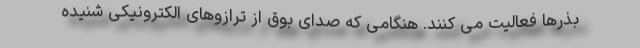
بذرها فعالیت می کنند. هنگامی که صدای بوق از ترازوهای الکترونیکی شنیده